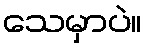
သေမှာပဲ။